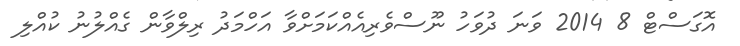
އޮގަސްޓް 8 2014 ވަނަ ދުވަހު ނޫސްވެރިއެއްކަމަށްވާ އަހްމަދު ރިލްވާން ގެއްލުނު ކުއްލި